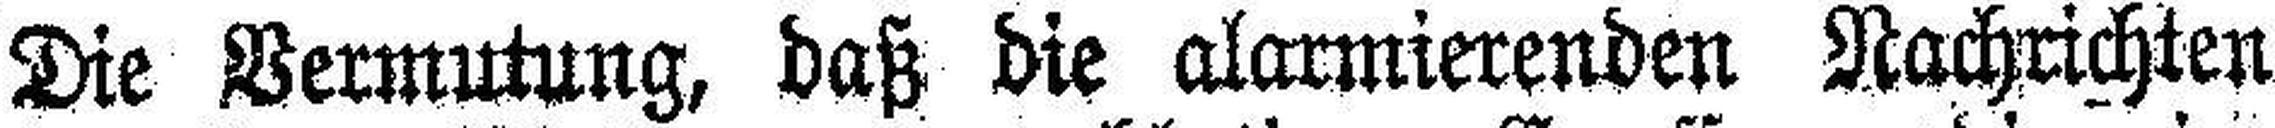
Die Vermutung, daß die alarmierenden Nachrichten